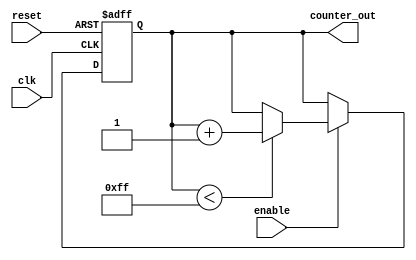
module UpCounter #(
    parameter INITIAL_VALUE = 0,  // Initial value on reset
    parameter MAX_VALUE = 255      // Maximum value for the counter
) (
    input wire clk,                // Clock input
    input wire reset,              // Asynchronous reset input
    input wire enable,             // Enable input
    output reg [$clog2(MAX_VALUE + 1) - 1:0] counter_out // Counter output
);

    // Counter logic
    always @(posedge clk or posedge reset) begin
        if (reset) begin
            counter_out <= INITIAL_VALUE; // Reset to initial value
        end else if (enable) begin
            if (counter_out < MAX_VALUE) begin
                counter_out <= counter_out + 1; // Increment counter
            end
            // Optionally wrap around to INITIAL_VALUE or latch at MAX_VALUE
            // else begin
            //     counter_out <= INITIAL_VALUE; // Wrap around
            // end
        end
    end

endmodule